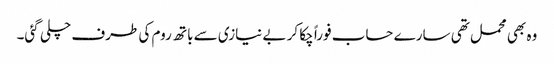
وہ بھی محمل تھی سارے حساب فوراً چکا کر بے نیازی سے باتھ روم کی طرف چلی گئی۔